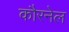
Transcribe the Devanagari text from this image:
कौरनेल